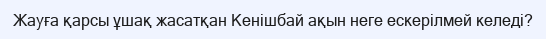
Жауға қарсы ұшақ жасатқан Кенішбай ақын неге ескерілмей келеді?